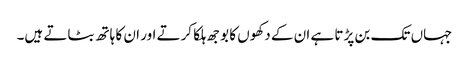
جہاں تک بن پڑتا ہے ان کے دکھوں کا بوجھ ہلکا کرتے اور ان کا ہاتھ بٹاتے ہیں۔